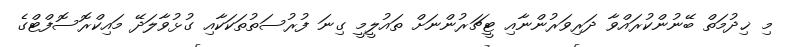
މި ޚިދުމަތް ބޭނުންކުރައްވާ ދަރިވަރުންނާއި ޓީޗަރުންނަށް ތައުލީމީ ގިނަ ފުރުސަތުތަކަކާއި ގުޅުވާލަދޭ މައިކްރޮސޮފްޓްގެ